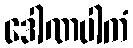
ဒေါဏပါကံ